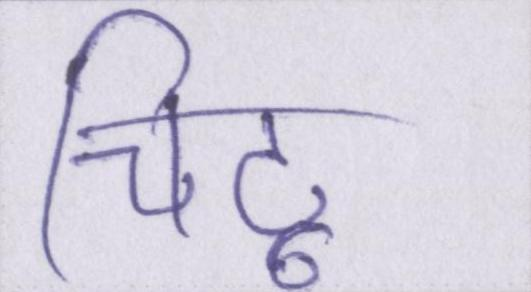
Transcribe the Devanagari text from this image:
चिंटू